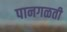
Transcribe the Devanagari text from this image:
पानगळती